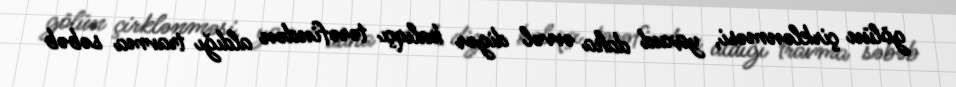
gölün çirklənməsi, yaxud daha əvvəl digər balıqçı tərəfindən aldığı travma səbəb